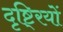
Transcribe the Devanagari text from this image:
दृष्टि्रयों